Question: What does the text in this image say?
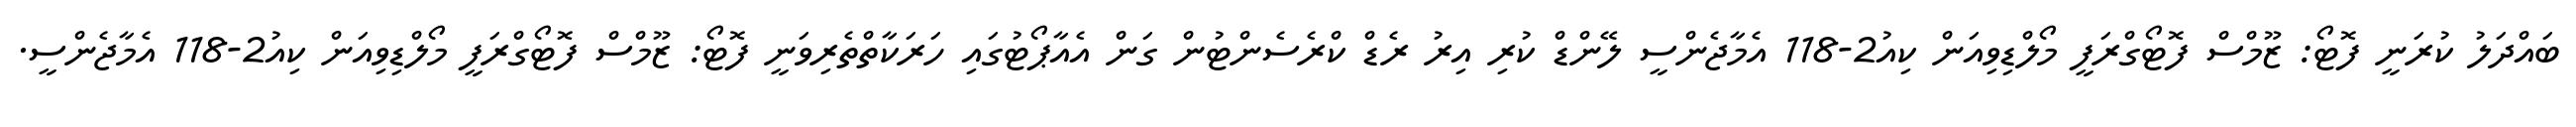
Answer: ބައްދަލު ކުރަނީ ފޮޓޯ: ޒޫމްސް ފޮޓޯގްރަފީ މޯލްޑިވިއަން ކިއު2-118 އެމާޖެންސީ ލޭންޑް ކުރި އިރު ރެޑް ކްރެސެންޓުން ގަން އެއާޕޯޓުގައި ހަރަކާތްތެރިވަނީ ފޮޓޯ: ޒޫމްސް ފޮޓޯގްރަފީ މޯލްޑިވިއަން ކިއު2-118 އެމާޖެންސީ.